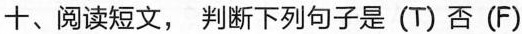
十、阅读短文, 判断下列句子是 (T) 否 (F)